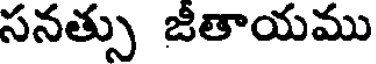
సనత్సు జీతాయము